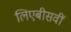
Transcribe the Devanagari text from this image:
लिएबीसवीं